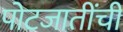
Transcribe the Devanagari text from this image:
पोटजातींची